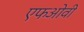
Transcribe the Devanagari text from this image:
एफओवी